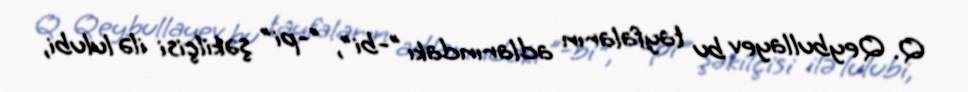
Q. Qeybullayev bu tayfaların adlarındakı "-bi", "-pi" şəkilçisi ilə lulubi,